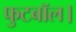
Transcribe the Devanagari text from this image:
फुटबॉल।